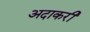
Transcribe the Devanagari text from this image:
अदाकरी